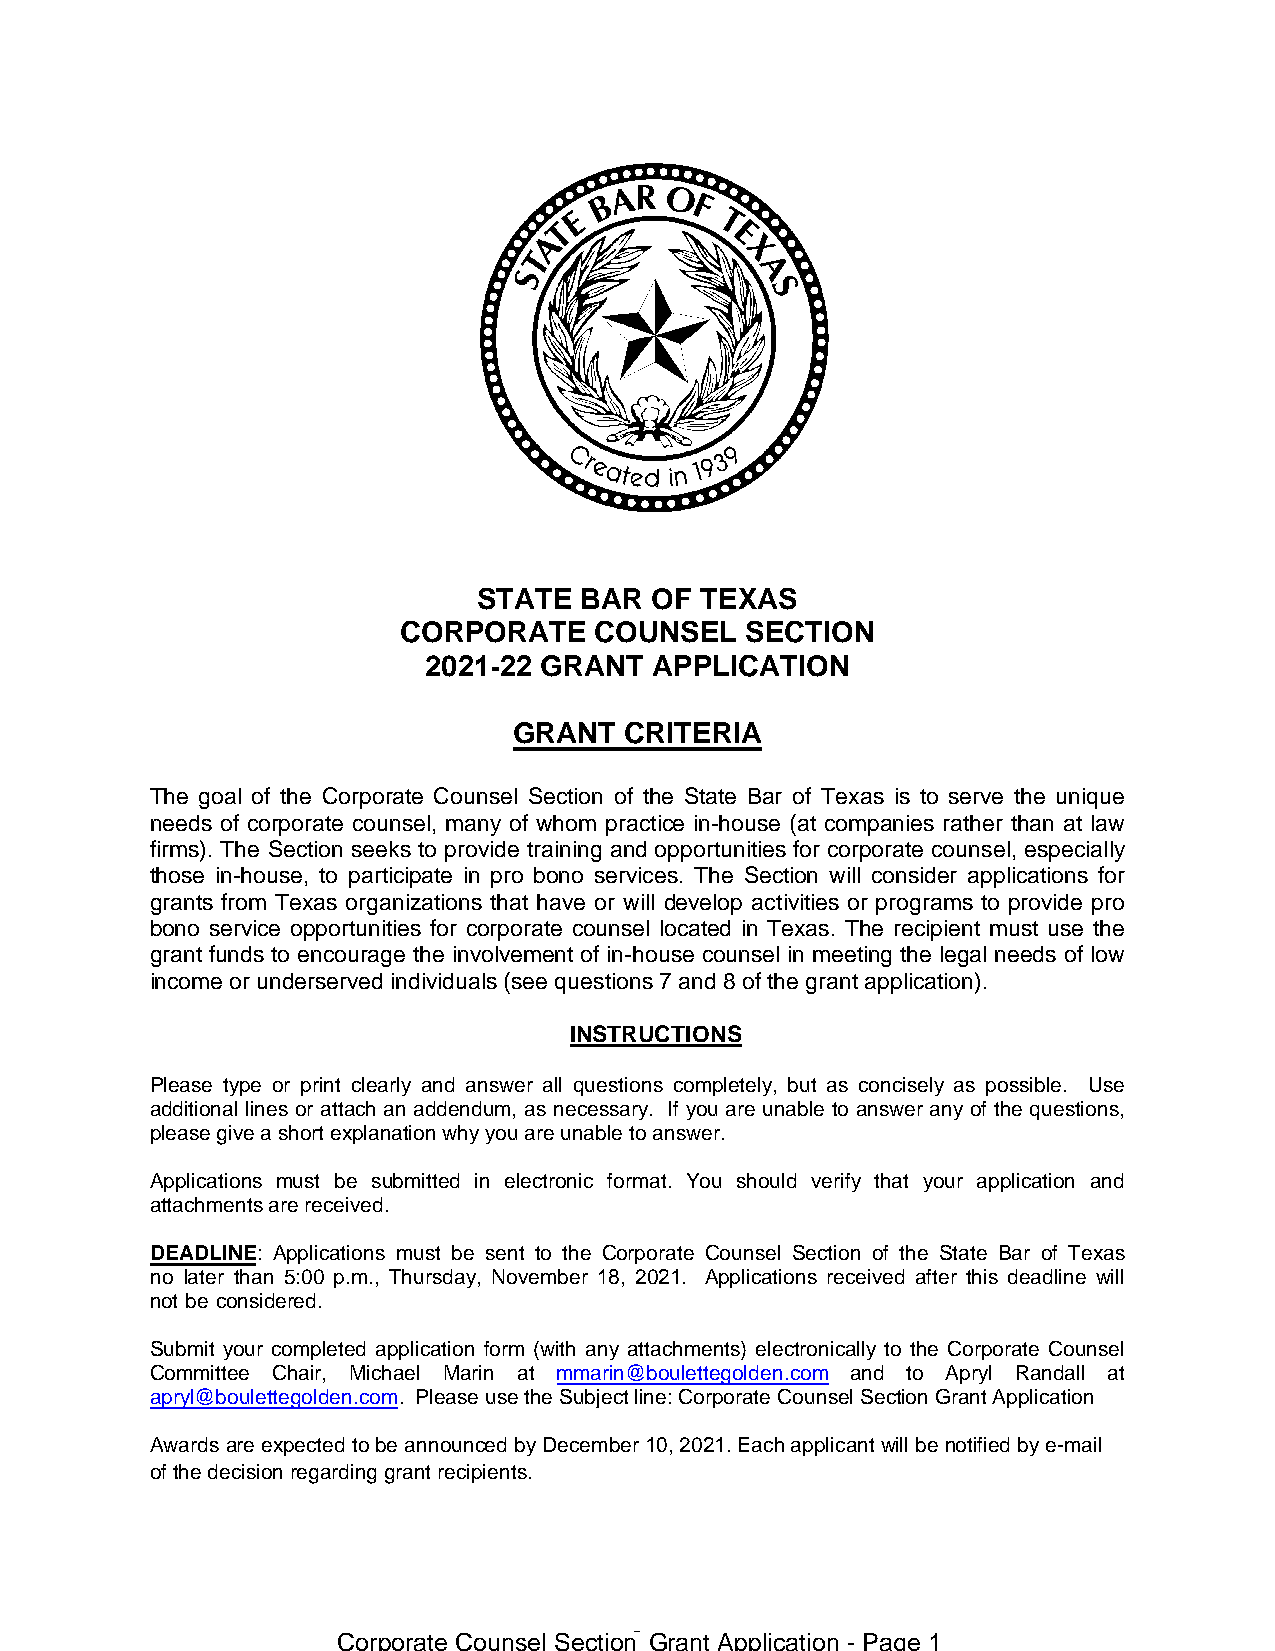
STATE BAR  OF TEXAS
 CORPORATE    COUNSEL   SECTION
 2021-22 GRANT  APPLICATION
 GRANT  CRITERIA
 The goal of the Corporate Counsel Section of the State Bar of Texas is to serve the unique
 needs of corporate counsel, many of whom practice in-house (at companies rather than at law
 firms). The Section seeks to provide training and opportunities for corporate counsel, especially
 those in-house, to participate in pro bono services. The Section will consider applications for
 grants from Texas organizations that have or will develop activities or programs to provide pro
 bono service opportunities for corporate counsel located in Texas. The recipient must use the
 grant funds to encourage the involvement of in-house counsel in meeting the legal needs of low
 income or underserved individuals (see questions 7 and 8 of the grant application).
 INSTRUCTIONS
 Please type or print clearly and answer all questions completely, but as concisely as possible. Use
 additional lines or attach an addendum, as necessary. If you are unable to answer any of the questions,
 please give a short explanation why you are unable to answer.
 Applications must be submitted in electronic format. You should verify that your application and
 attachments are received.
 DEADLINE: Applications must be sent to the Corporate Counsel Section of the State Bar of Texas
 no later than 5:00 p.m., Thursday, November 18, 2021. Applications received after this deadline will
 not be considered.
 Submit your completed application form (with any attachments) electronically to the Corporate Counsel
 Committee Chair, Michael Marin at mmarin@boulettegolden.com and to Apryl Randall at
 apryl@boulettegolden.com. Please use the Subject line: Corporate Counsel Section Grant Application
 Awards are expected to be announced by December 10, 2021. Each applicant will be notified by e-mail
 of the decision regarding grant recipients.
 -
 Corporate Counsel Section Grant Application - Page 1